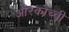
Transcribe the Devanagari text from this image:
औरकोच्ची